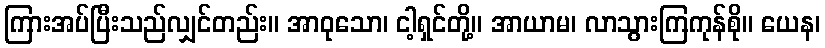
ကြားအပ်ပြီးသည်လျှင်တည်း။ အာဝုသော၊ ငါ့ရှင်တို့။ အာယာမ၊ လာသွားကြကုန်စို။ ယေန၊